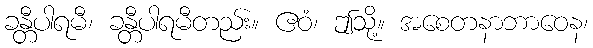
ခန္တီပါရမီ၊ ခန္တီပါရမီတည်း။ ဧဝံ၊ ဤသို့။ အစေတနာဘာဝေန၊